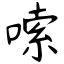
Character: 嗦